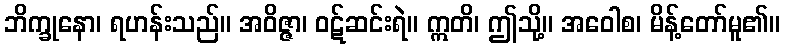
ဘိက္ခုနော၊ ရဟန်းသည်။ အဝိဇ္ဇာ၊ ဝဋ်ဆင်းရဲ။ ဣတိ၊ ဤသို့။ အဝေါစ၊ မိန့်တော်မူ၏။